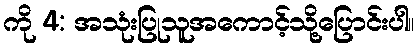
ကို 4: အသုံးပြုသူအကောင့်သို့ပြောင်းပါ။